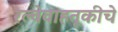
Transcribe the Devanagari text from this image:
रेल्वेवाहतूकीचे